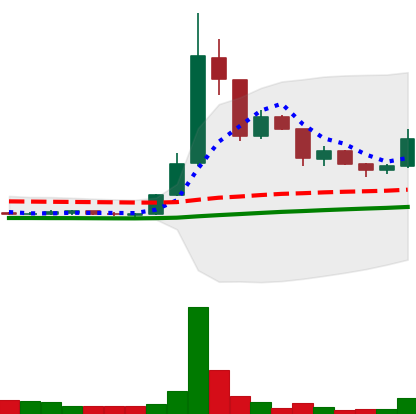
Ticker: DOGE-USD
Chart end date: 2020-07-18
Forward return: -5.125%
Label: down_5_7